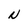
Character: N